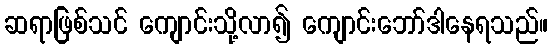
ဆရာဖြစ်သင် ကျောင်းသို့လာ၍ ကျောင်းဘော်ဒါနေရသည်။